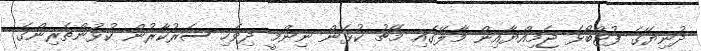
ދުނިޔޭގެ ފުޓްބޯޅަ ޖަމިއްޔާއިން މާލޭގައި މެޗު ކުޅެން ނިންމީ ދިވެހި ސަރުކާރުން ކުޅުންތެރިންގެ